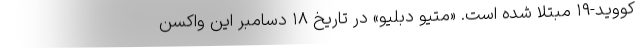
کووید-۱۹ مبتلا شده است. «متیو دبلیو» در تاریخ ۱۸ دسامبر این واکسن